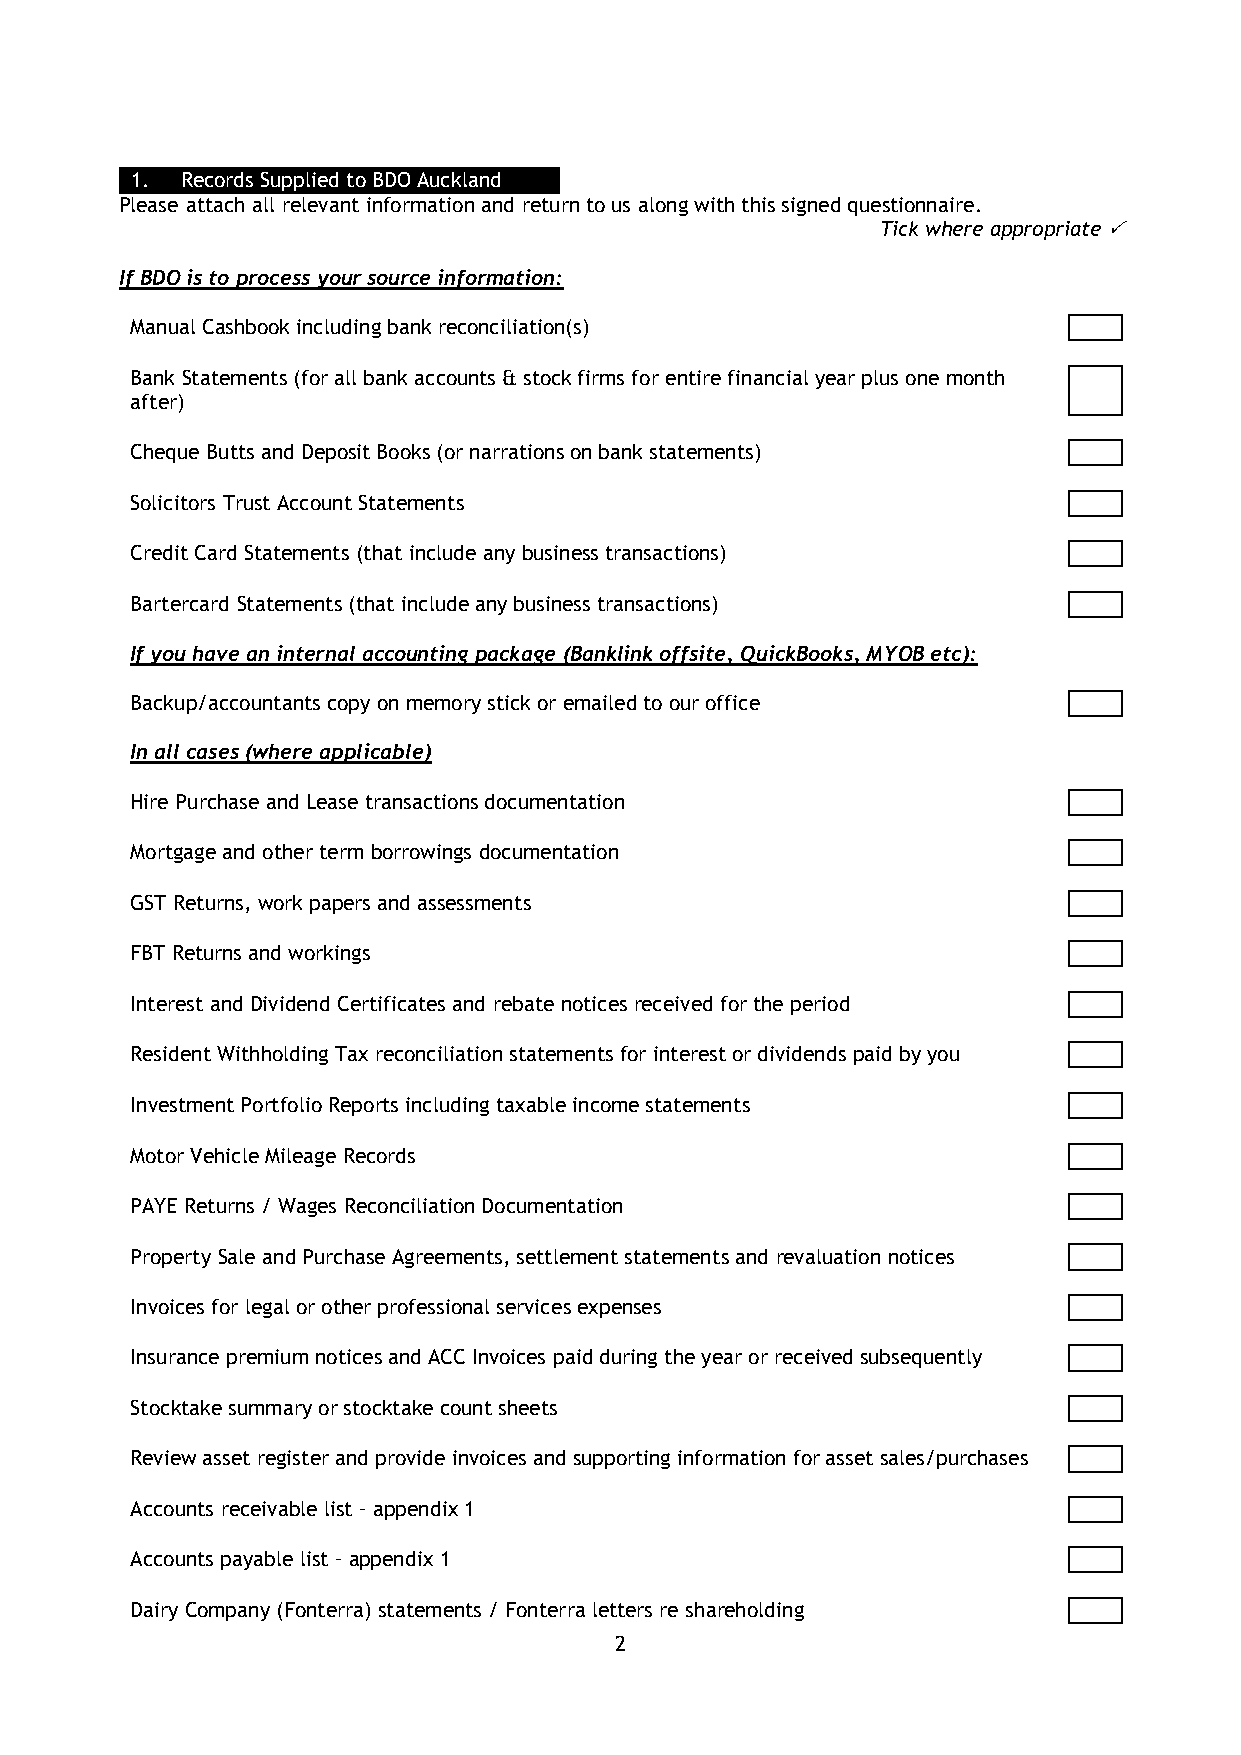
1. Records Supplied to BDO Auckland
 Please attach all relevant information and return to us along with this signed questionnaire.
 Tick where appropriate 
 If BDO is to process your source information:
 Manual Cashbook including bank reconciliation(s)
 Bank Statements (for all bank accounts & stock firms for entire financial year plus one month
 after)
 Cheque Butts and Deposit Books (or narrations on bank statements)
 Solicitors Trust Account Statements
 Credit Card Statements (that include any business transactions)
 Bartercard Statements (that include any business transactions)
 If you have an internal accounting package (Banklink offsite, QuickBooks, MYOB etc):
 Backup/accountants copy on memory stick or emailed to our office
 In all cases (where applicable)
 Hire Purchase and Lease transactions documentation
 Mortgage and other term borrowings documentation
 GST Returns, work papers and assessments
 FBT Returns and workings
 Interest and Dividend Certificates and rebate notices received for the period
 Resident Withholding Tax reconciliation statements for interest or dividends paid by you
 Investment Portfolio Reports including taxable income statements
 Motor Vehicle Mileage Records
 PAYE Returns / Wages Reconciliation Documentation
 Property Sale and Purchase Agreements, settlement statements and revaluation notices
 Invoices for legal or other professional services expenses
 Insurance premium notices and ACC Invoices paid during the year or received subsequently
 Stocktake summary or stocktake count sheets
 Review asset register and provide invoices and supporting information for asset sales/purchases
 Accounts receivable list – appendix 1
 Accounts payable list – appendix 1
 Dairy Company (Fonterra) statements / Fonterra letters re shareholding
 2